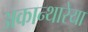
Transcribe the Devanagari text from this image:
अकान्थारेया